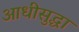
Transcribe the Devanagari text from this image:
आधीसुद्धा